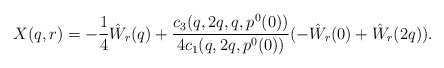
\begin{align*}X(q,r) = -\frac 14 \hat W_r(q) + \frac{c_3(q,2q,q,p^0(0))}{4c_1(q,2q,p^0(0))}(-\hat W_r(0)+\hat W_r(2q)).\end{align*}